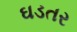
ઘડતર